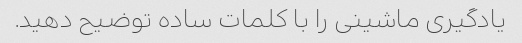
یادگیری ماشینی را با کلمات ساده توضیح دهید.